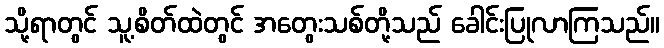
သို့ရာတွင် သူ့စိတ်ထဲတွင် အတွေးသစ်တို့သည် ခေါင်းပြုလာကြသည်။